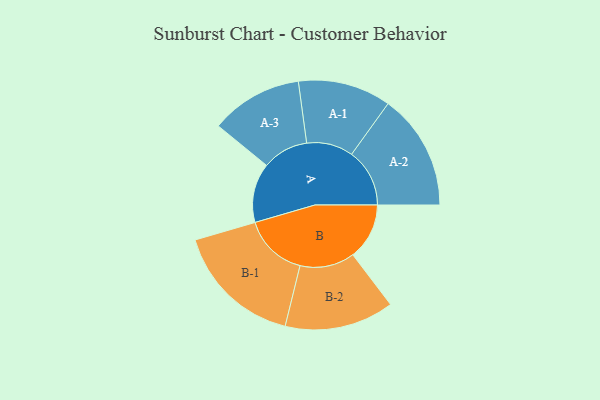
{"axis": {"x": "Segment", "y": "Value"}, "legend": ["", "A", "B"], "data": [{"x": "A", "y": 263, "type": ""}, {"x": "B", "y": 250, "type": ""}, {"x": "A-1", "y": 206, "type": "A"}, {"x": "A-2", "y": 257, "type": "A"}, {"x": "A-3", "y": 204, "type": "A"}, {"x": "B-1", "y": 284, "type": "B"}, {"x": "B-2", "y": 242, "type": "B"}]}